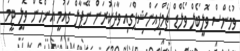
ވުމެންސް ވޮލީބޯލް ވޯލްޑް ޗެމްޕިއަންޝިޕްގައި ވާދަކުރަން ނޭޕާލް ގައުމީ އަންހެން ވޮލީ ޓީމު